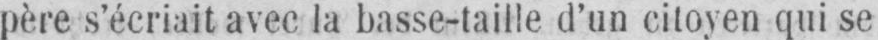
père s’écriait avec la basse-taille d’un citoyen qui se